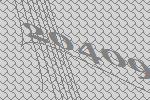
20409